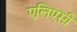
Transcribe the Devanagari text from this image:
एलिएसी